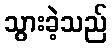
သွားခဲ့သည်